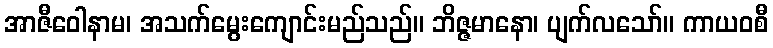
အာဇီဝေါနာမ၊ အသက်မွေးကျောင်းမည်သည်။ ဘိဇ္ဇမာနော၊ ပျက်လသော်။ ကာယဝစီ